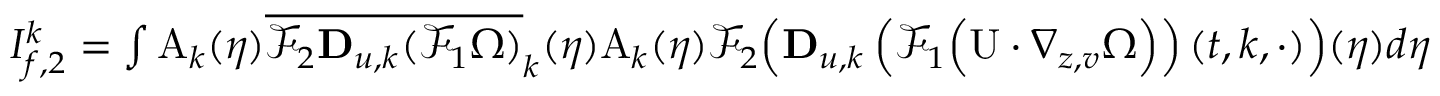
\begin{array} { r } { I _ { f , 2 } ^ { k } = \int \mathrm { A } _ { k } ( \eta ) \overline { { \mathcal { F } _ { 2 } \mathbf { D } _ { u , k } ( \mathcal { F } _ { 1 } \Omega ) } } _ { k } ( \eta ) \mathrm { A } _ { k } ( \eta ) \mathcal { F } _ { 2 } \Big ( \mathbf { D } _ { u , k } \left( \mathcal { F } _ { 1 } \Big ( \mathrm { U } \cdot \nabla _ { z , v } \Omega \Big ) \right) ( t , k , \cdot ) \Big ) ( \eta ) d \eta } \end{array}